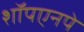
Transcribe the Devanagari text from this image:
शॉपएनपे